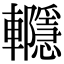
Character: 𨏱